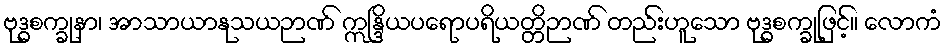
ဗုဒ္ဓစက္ခုနာ၊ အာသာယာနုသယဉာဏ် ဣန္ဒြိယပရောပရိယတ္တိဉာဏ် တည်းဟူသော ဗုဒ္ဓစက္ခုဖြင့်။ လောကံ